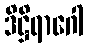
ဒိဋ္ဌိရာဂေါ